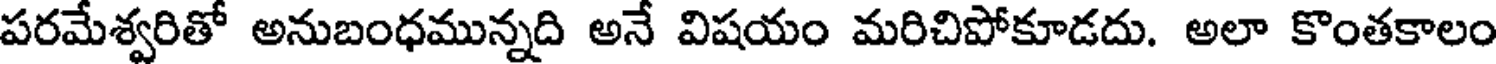
పరమేశ్వరితో అనుబంధమున్నది అనే విషయం మరిచిపోకూడదు. అలా కొంతకాలం